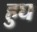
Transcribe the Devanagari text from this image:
हुघ